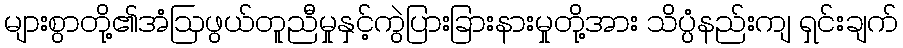
များစွာတို့၏အံဩဖွယ်တူညီမှုနှင့်ကွဲပြားခြားနားမှုတို့အား သိပ္ပံနည်းကျ ရှင်းချက်